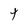
Character: t